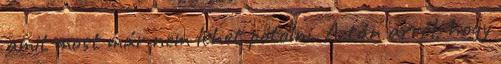
amit most már nem lehet pótolni. Aztán arról, hogy